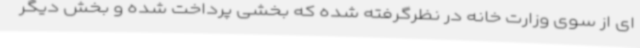
ای از سوی وزارت خانه در نظرگرفته شده که بخشی پرداخت شده و بخش دیگر